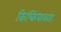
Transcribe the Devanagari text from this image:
किष्किंधाकांड